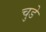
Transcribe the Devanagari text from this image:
चुडे